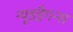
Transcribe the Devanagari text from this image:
न्यूडड्रैगन्स